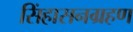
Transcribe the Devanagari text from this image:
सिंहासनग्रहण